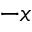
- x